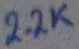
Text: 2.2K